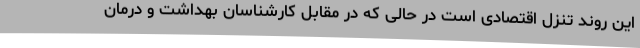
این روند تنزل اقتصادی است در حالی که در مقابل کارشناسان بهداشت و درمان